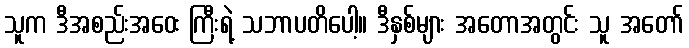
သူက ဒီအစည်းအဝေး ကြီးရဲ့ သဘာပတိပေါ့။ ဒီနှစ်များ အတောအတွင်း သူ အတော်